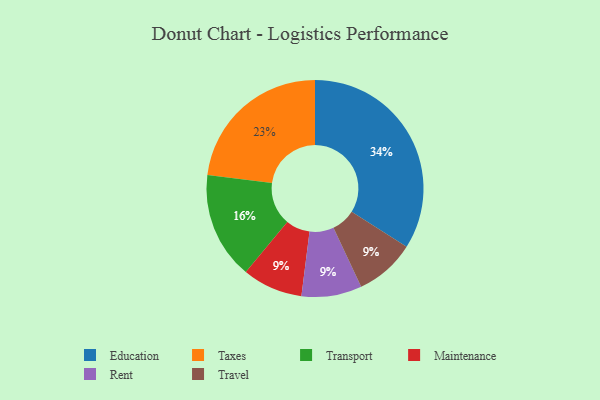
{"axis": {"x": "Category", "y": "Percentage"}, "legend": ["Education", "Maintenance", "Rent", "Taxes", "Transport", "Travel"], "data": [{"x": "Maintenance", "y": 9, "type": "Maintenance"}, {"x": "Transport", "y": 16, "type": "Transport"}, {"x": "Rent", "y": 9, "type": "Rent"}, {"x": "Taxes", "y": 23, "type": "Taxes"}, {"x": "Travel", "y": 9, "type": "Travel"}, {"x": "Education", "y": 34, "type": "Education"}]}